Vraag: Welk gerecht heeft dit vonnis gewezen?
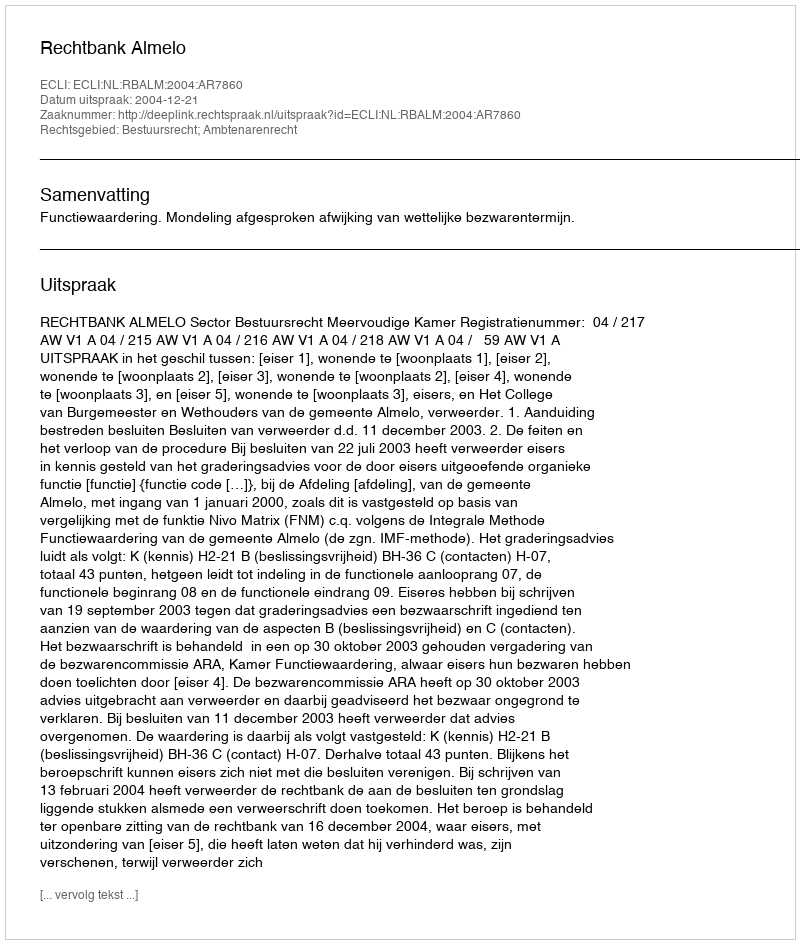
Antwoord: Rechtbank Almelo